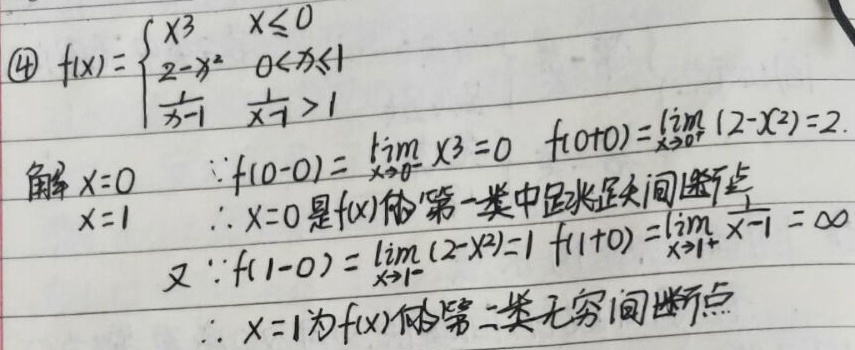
\textcircled{4} 对于函数\(f(x)=\begin{cases}x^{3},&x\leq0\\2 - x^{2},&0\lt x\leq1\\\frac{1}{x - 1},&x\gt1\end{cases}\)：
解：
当\(x = 0\)时：
\(\because f(0 - 0)=\lim_{x\rightarrow0^{-}}x^{3}=0\)，\(f(0 + 0)=\lim_{x\rightarrow0^{+}}(2 - x^{2})=2\)
\(\therefore x = 0\)是\(f(x)\)的第一类中跳跃间断点。

当\(x = 1\)时：
\(\because f(1 - 0)=\lim_{x\rightarrow1^{-}}(2 - x^{2})=1\)，\(f(1 + 0)=\lim_{x\rightarrow1^{+}}\frac{1}{x - 1}=\infty\)
\(\therefore x = 1\)为\(f(x)\)的第二类无穷间断点。